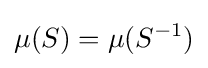
\mu (S)=\mu (S^{-1})